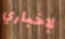
لإخباري